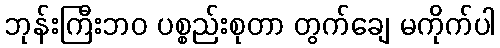
ဘုန်းကြီးဘဝ ပစ္စည်းစုတာ တွက်ချေ မကိုက်ပါ